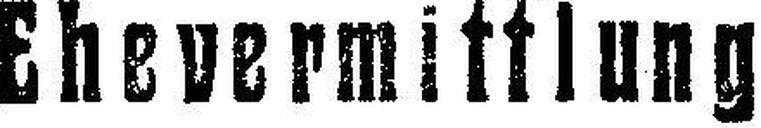
Ehevermittlung